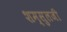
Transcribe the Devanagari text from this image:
शम्सुलजी